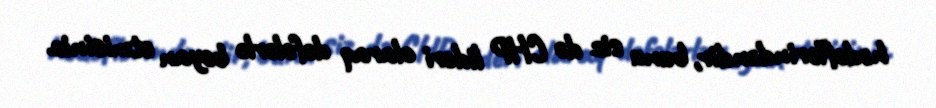
hədəflərindəndir, bunu siz də CHP lideri olaraq dəfələrlə bəyan etmisiniz.